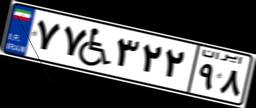
۷۷W۳۲۲۹۸